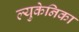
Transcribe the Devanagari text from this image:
ल्युकेनिका